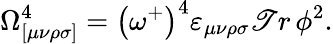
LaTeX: \Omega_{[\mu\nu\rho\sigma]}^{4}=\left(\omega^{+}\right)^{4}\varepsilon_{\mu\nu\rho\sigma}\mathscr{T}r\, \phi^{2}.